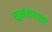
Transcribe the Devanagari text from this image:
सुसंवादाला